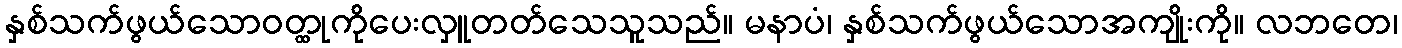
နှစ်သက်ဖွယ်သောဝတ္ထုကိုပေးလှူတတ်သေသူသည်။ မနာပံ၊ နှစ်သက်ဖွယ်သောအကျိုးကို။ လဘတေ၊